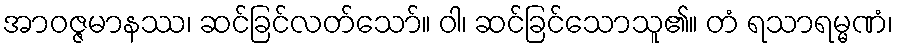
အာဝဇ္ဇမာနဿ၊ ဆင်ခြင်လတ်သော်။ ဝါ၊ ဆင်ခြင်သောသူ၏။ တံ ရသာရမ္မဏံ၊